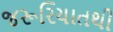
જરૂરિયાતથી